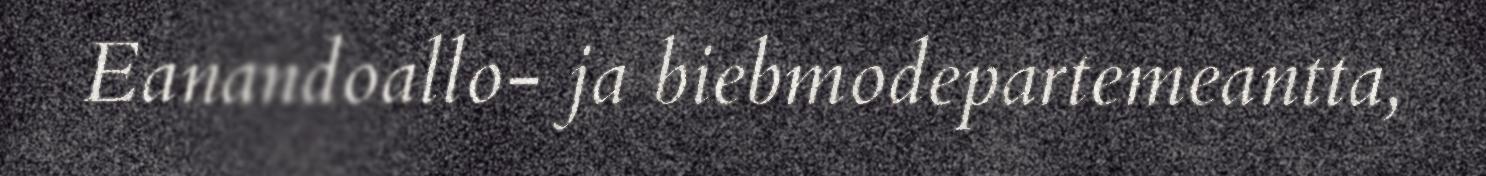
Eanandoallo- ja biebmodepartemeantta,